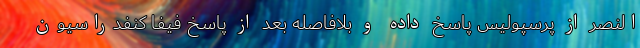
النصر از پرسپولیس پاسخ داده و بلافاصله بعد از پاسخ فیفا کنفدراسیون